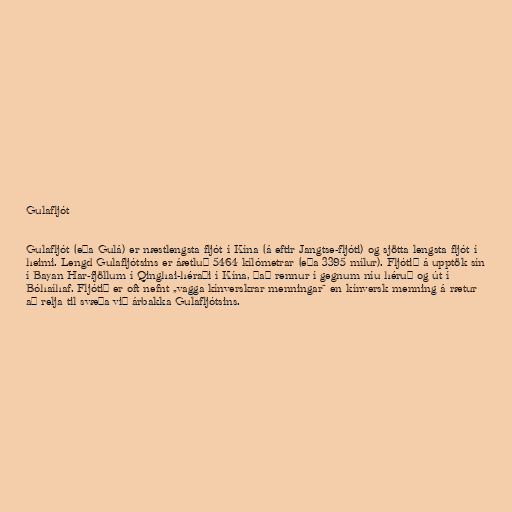
Gulafljót

Gulafljót (eða Gulá) er næstlengsta fljót í Kína (á eftir Jangtse-fljóti) og sjötta lengsta fljót í
heimi. Lengd Gulafljótsins er áætluð 5464 kílómetrar (eða 3395 mílur). Fljótið á upptök sín
í Bayan Har-fjöllum í Qinghai-héraði í Kína, það rennur í gegnum níu héruð og út í
Bóhaíhaf. Fljótið er oft nefnt „vagga kínverskrar menningar“ en kínversk menning á rætur
að relja til svæða við árbakka Gulafljótsins.